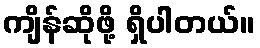
ကျိန်ဆိုဖို့ ရှိပါတယ်။